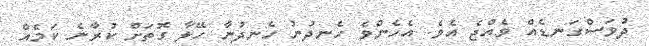
ދުވަސްގަނޑެއް ވެއްޖެ އެވެ. އެހެންވެ ހެނދުނު ހެނދުނާ ހޭލާ ގޮތަށް ކުރާނެ ކަމެއް